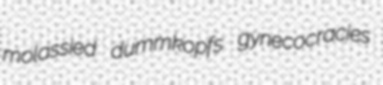
molassied dummkopfs gynecocracies